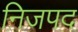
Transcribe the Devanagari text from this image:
निजपद